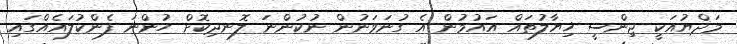
މަޛްޔުއަކީ ޖިންސީ ޚިޔާލުތައް އައުމުން އެ ގުނަވަނުން ނުކުންނަ ލޮނދިކޮށް ހުންނަ ފެންކުލައެއްގައި